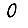
Digit: 0